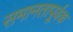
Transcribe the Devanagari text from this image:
समानतापूर्वक